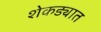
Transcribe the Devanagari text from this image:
शेकड्यात